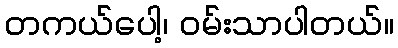
တကယ်ပေါ့၊ ဝမ်းသာပါတယ်။